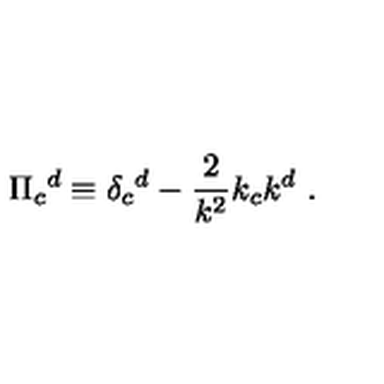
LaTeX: \Pi _ { c } { } ^ { d } \equiv \delta _ { c } { } ^ { d } - { \frac { 2 } { k ^ { 2 } } } k _ { c } k ^ { d } \ .